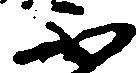
不